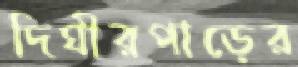
দিঘীরপাড়ের